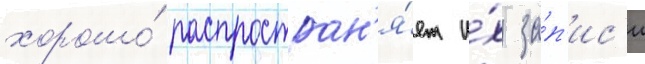
хорошо́ распростран'я́ет и́х за́п'ис'и